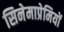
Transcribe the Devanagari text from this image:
सिनेमाप्रेमियों